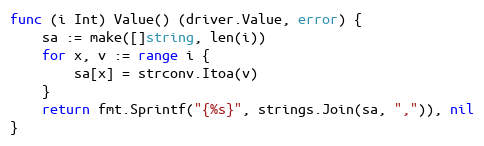
Language: Go
func (i Int) Value() (driver.Value, error) {
	sa := make([]string, len(i))
	for x, v := range i {
		sa[x] = strconv.Itoa(v)
	}
	return fmt.Sprintf("{%s}", strings.Join(sa, ",")), nil
}